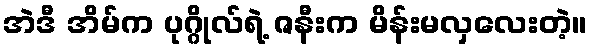
အဲဒီ အိမ်က ပုဂ္ဂိုလ်ရဲ့ ဇနီးက မိန်းမလှလေးတဲ့။